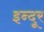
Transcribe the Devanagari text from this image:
इन्दूर